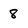
Character: 8